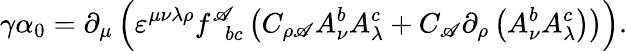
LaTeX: \gamma\alpha_{0}=\partial_{\mu}\left(\varepsilon^{\mu\nu\lambda\rho}f_{\; \; bc}^{\mathscr{A}}\left(C_{\rho\mathscr{A}}A_{\nu}^{b}A_{\lambda}^{c}+C_{\mathscr{A}}\partial_{\rho}\left(A_{\nu}^{b}A_{\lambda}^{c}\right)\right)\right).